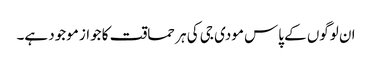
ان لوگوں کے پاس مودی جی کی ہر حماقت کا جواز موجود ہے۔